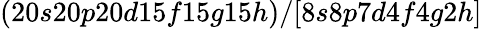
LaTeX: (20s20p20d15f15g15h)/[8s8p7d4f4g2h]